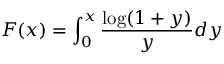
F ( x ) = \int _ { 0 } ^ { x } \frac { \log ( 1 + y ) } { y } d y